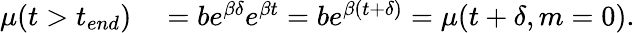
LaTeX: \begin{array}{rl}{\mu(t>t_{end})}&{{}=be^{\beta\delta}e^{\beta t}=be^{\beta(t+\delta)}=\mu(t+\delta,m=0).}\end{array}